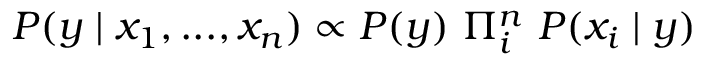
P ( y \mid x _ { 1 } , . . . , x _ { n } ) \propto P ( y ) ~ \Pi _ { i } ^ { n } ~ P ( x _ { i } \mid y )